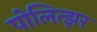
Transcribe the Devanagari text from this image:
पोलित्झर